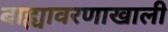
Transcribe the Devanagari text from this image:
बाह्यावरणाखाली